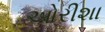
ઓરીશા